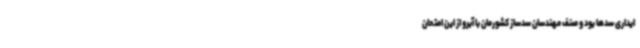
ایداری سدها بود و صنف مهندسان سدساز کشورمان با آبرو از این امتحان